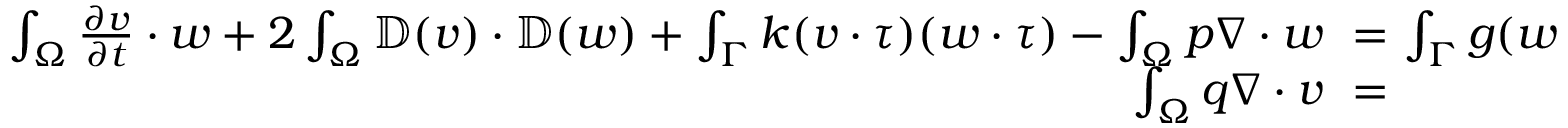
\begin{array} { r l r } { \int _ { \Omega } \frac { \partial v } { \partial t } \cdot w + 2 \int _ { \Omega } \mathbb { D } ( v ) \cdot \mathbb { D } ( w ) + \int _ { \Gamma } k ( v \cdot \tau ) ( w \cdot \tau ) - \int _ { \Omega } p \nabla \cdot w } & { { } \! \! \! \! = \! \! \! \! } & { \int _ { \Gamma } g ( w \cdot \tau ) , } \\ { \int _ { \Omega } q \nabla \cdot v } & { { } \! \! \! \! = \! \! \! \! } & { 0 , } \end{array}